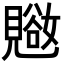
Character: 𬢁